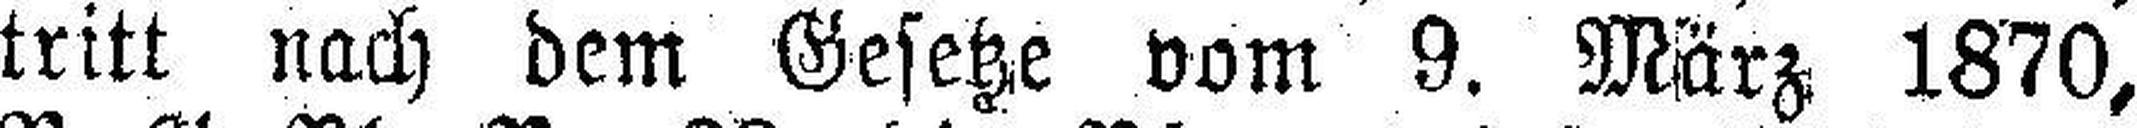
tritt nach dem Gesetze vom 9. März 1870,